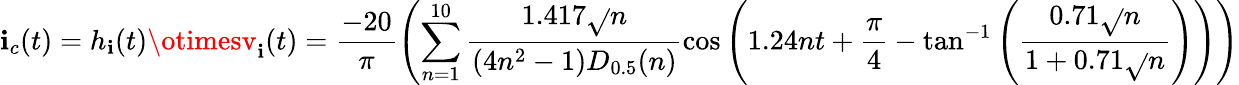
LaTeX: \mathbf{i}_{c}(t)=h_{\mathbf{i}}(t)\otimesv_{\mathbf{i}}(t)=\frac{{-20}}{{\pi}}\left(\sum_{n=1}^{10}\frac{{1.417\sqrt{}{{n}}}}{{(4n^{2}-1)D_{0.5}(n)}}\cos\left(1.24nt+\frac{{\pi}}{{4}}-\tan^{-1}\left(\frac{{0.71\sqrt{}{{n}}}}{{1+0.71\sqrt{}{{n}}}}\right)\right)\right)